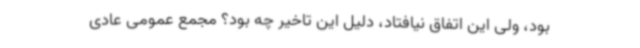
بود، ولی این اتفاق نیافتاد، دلیل این تاخیر چه بود؟ مجمع عمومی عادی